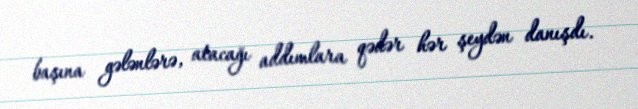
başına gələnlərə, atacağı addımlara qədər hər şeydən danışdı.